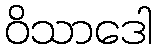
ဝိသာဒေါ